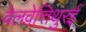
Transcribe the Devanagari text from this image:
वेलवेत्तिथुरई